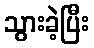
သွားခဲ့ပြီး